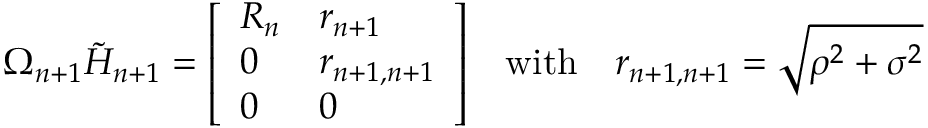
\Omega _ { n + 1 } { \tilde { H } } _ { n + 1 } = { \left[ \begin{array} { l l } { R _ { n } } & { r _ { n + 1 } } \\ { 0 } & { r _ { n + 1 , n + 1 } } \\ { 0 } & { 0 } \end{array} \right] } \quad { \mathrm { w i t h } } \quad r _ { n + 1 , n + 1 } = { \sqrt { \rho ^ { 2 } + \sigma ^ { 2 } } }